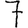
Digit: 7